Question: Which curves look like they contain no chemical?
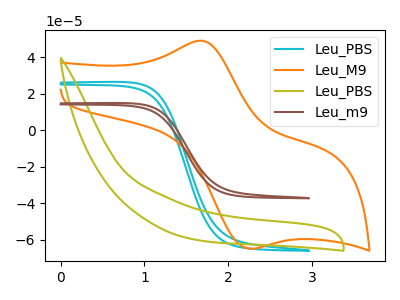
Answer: <think>The cyan curve "Leu_PBS" has no peaks. The orange curve "Leu_M9" has an anodic peak at (1.65V, 49.10uA) and a cathodic peak at (2.25V, -64.80uA). The olive curve "Leu_PBS" has no peaks. The brown curve "Leu_m9" has no peaks.</think>
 <answer>"Leu_PBS", "Leu_PBS" and "Leu_m9" are likely to be blanks.</answer>
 <eval>"Leu_PBS", "Leu_PBS", "Leu_m9"</eval>